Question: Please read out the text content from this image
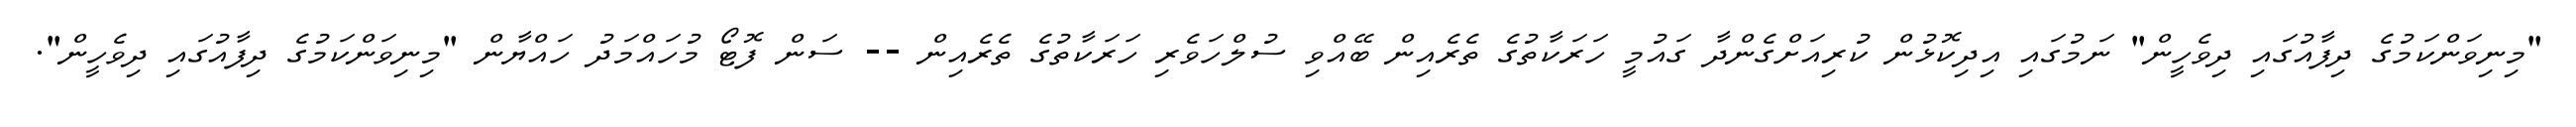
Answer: "މިނިވަންކަމުގެ ދިފާއުގައި ދިވެހީން" ނަމުގައި އިދިކޮޅުން ކުރިއަށްގެންދާ ގައުމީ ހަރަކާތުގެ ތެރެއިން ބޭއްވި ސުލްހަވެރި ހަރަކާތުގެ ތެރެއިން -- ސަން ފޮޓޯ މުހައްމަދު ހައްޔާން "މިނިވަންކަމުގެ ދިފާއުގައި ދިވެހީން".